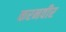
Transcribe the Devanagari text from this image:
करनवीर